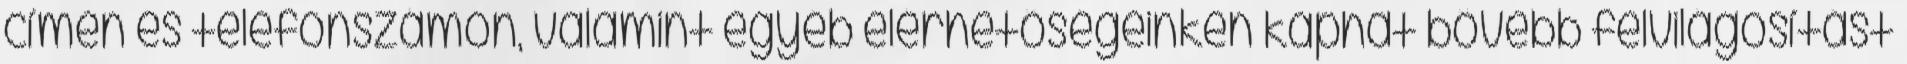
címen és telefonszámon, valamint egyéb elérhetőségeinken kaphat bővebb felvilágosítást